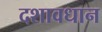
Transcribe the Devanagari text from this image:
दशावधान